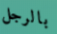
بالرجل